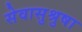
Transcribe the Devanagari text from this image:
सेवासुश्रुषा